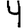
Digit: 4